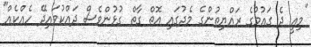
"މިއީ ދެ ގައުމުގެ ރައްޔިތުންގެ މެދުގައި އޮތް ގާތް ގުޅުންވެސް ދައްކުވައިދޭ ހެއްކެއް"